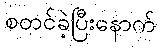
စတင်ခဲ့ပြီးနောက်